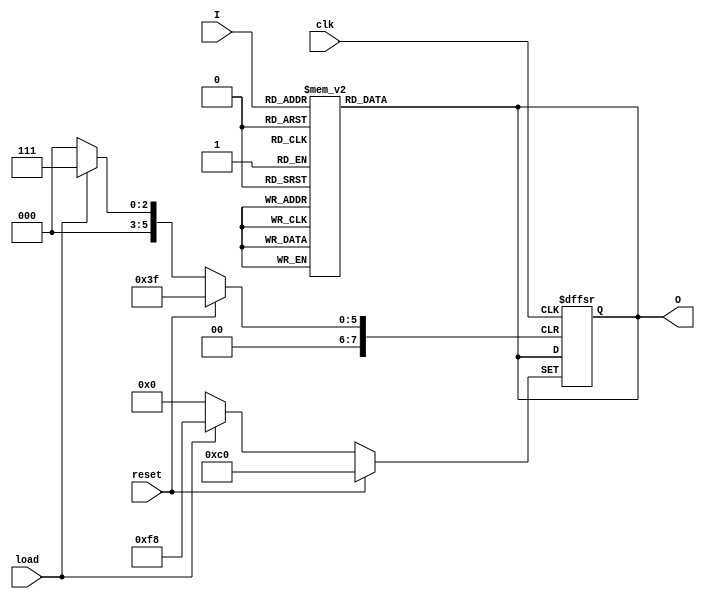
module bcdtobinary(clk,load,reset,I,O);
input clk;
input load;
input reset;
input [3:0] I;  //  
output [7:0] O; // 
reg [7:0] O;    //  8 bits 
always@ (I)     // 
begin
    case(I)     //I
        4'b0000:
            O = 8'b1100_0000;   //0
        4'b0001:
            O = 8'b1111_1001;   //1
        4'b0010:
            O = 8'b1010_0100;   //2
        4'b0011:
            O = 8'b1011_0000;   //3
        4'b0100:
            O = 8'b1001_1001;   //4
        4'b0101:
            O = 8'b1001_0010;   //5
        4'b0110:
            O = 8'b1000_0010;   //6
        4'b0111:
            O = 8'b1111_1000;   //7
        4'b1000:
            O = 8'b1000_0000;   //8
        4'b1001:
            O = 8'b1001_0000;   //9
        default O = 8'b1111_1111;
    endcase
end
always@ (posedge clk or posedge load or posedge reset )
begin
    if(load == 1'b1)
    begin
        O <= 8'b1111_1000;
    end
    else if(reset == 1'b1)
    begin
        O <= 8'b1100_0000;
    end
end
endmodule